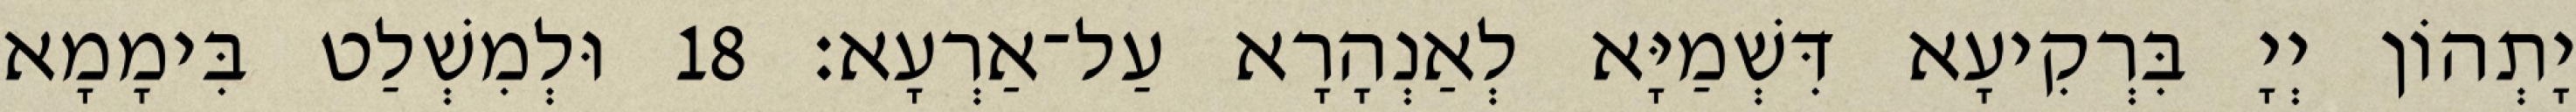
יָתְהוֹן יְיָ בִּרְקִיעָא דִּשְׁמַיָּא לְאַנְהָרָא עַל־אַרְעָא׃ 18 וּלְמִשְׁלַט בִּימָמָא